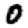
Digit: 0